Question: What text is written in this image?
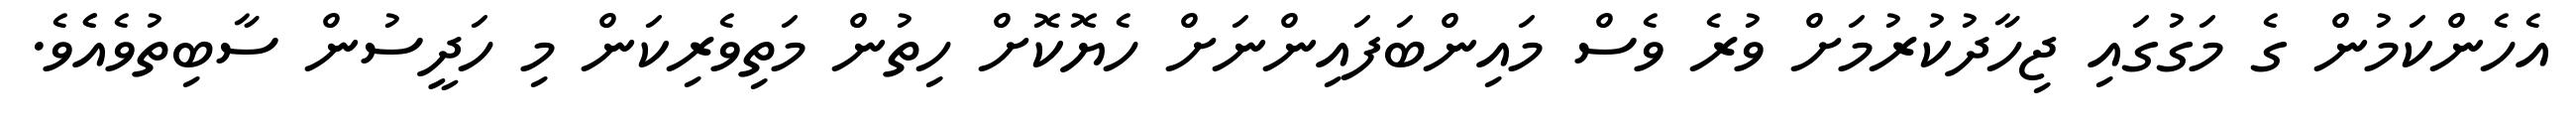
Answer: އެހެންކަމުން ގެ މަގުގައި ޖިހާދުކުރުމަށް ވުރެ ވެސް މައިންބަފައިންނަށް ހެޔޮކޮށް ހިތުން މަތިވެރިކަން މި ހަދީސުން ސާބިތުވެއެެވެ.